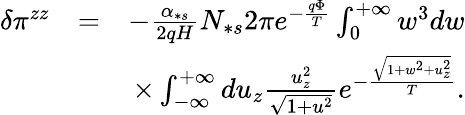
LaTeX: \begin{array}{rlr}{\delta\pi^{zz}}&{=}&{-\frac{\alpha_{\ast s}}{2qH}N_{\ast s}2\pi e^{-\frac{q\Phi}{T}}\int_{0}^{+\infty}w^{3}dw}\\ &{}&{\times\int_{-\infty}^{+\infty}du_{z}\frac{u_{z}^{2}}{\sqrt{1+u^{2}}}e^{-\frac{\sqrt{1+w^{2}+u_{z}^{2}}}{T}}.}\end{array}